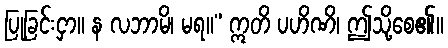
ပြုခြင်းငှာ။ န လဘာမိ၊ မရ။” ဣတိ ပဟိဏိ၊ ဤသို့စေ၏။